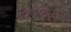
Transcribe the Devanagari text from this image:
उपश्रृंग